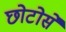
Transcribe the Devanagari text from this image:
छोटोसे